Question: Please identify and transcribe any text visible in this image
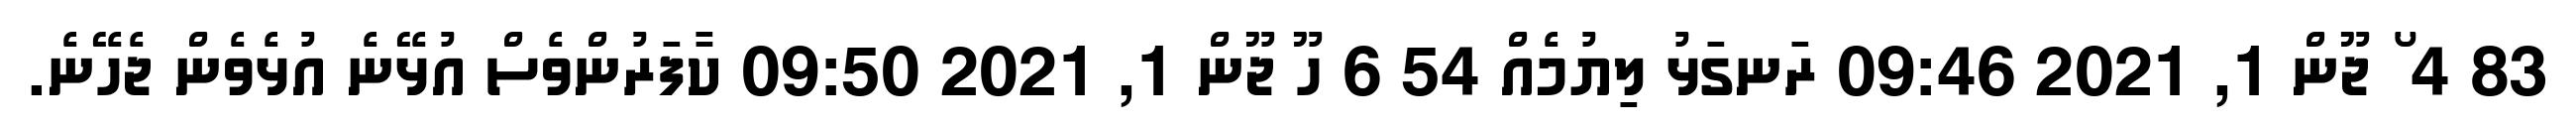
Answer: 83 4 ޯ ޖޫން 1, 2021 09:46 ރަނގަޅު ލިޔުމެއް 54 6 ހޫ ޖޫން 1, 2021 09:50 ކާފަރުންވެސް އުޅޭނެ އުޅެވެން ޖެހޭނެ.